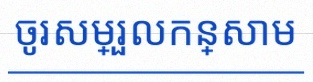
ចូរសម្រួលកន្សោម